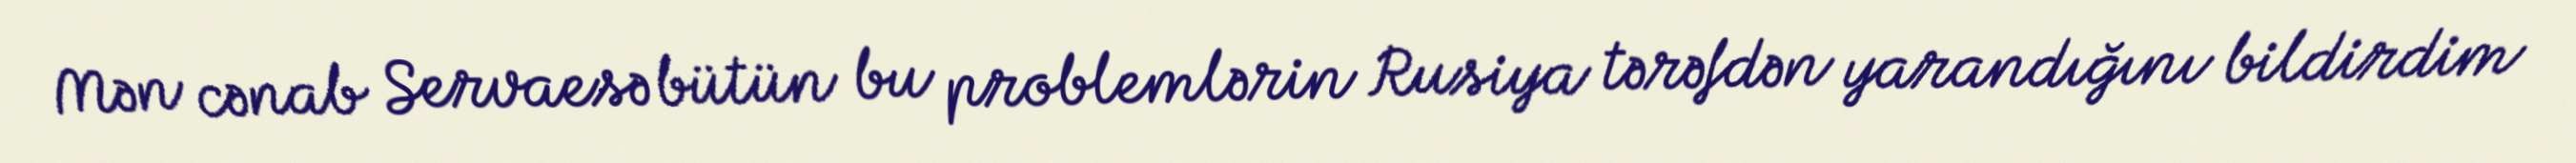
Mən cənab Servaesə bütün bu problemlərin Rusiya tərəfdən yarandığını bildirdim